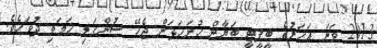
2013 ވަނަ އަހަރުގެ ބީޕީޓީ ބަޔާން ހުށަހަޅަން ޖެހޭ ސުންގަޑި ހަމަވި ދުވަހެވެ.